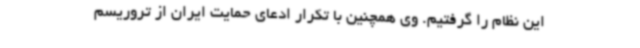
این نظام را گرفتیم. وی همچنین با تکرار ادعای حمایت ایران از تروریسم